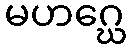
မဟဂ္ဃေ